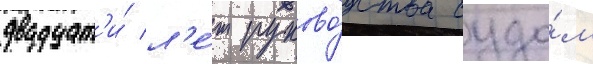
двадцат'и́ л'е́т руково́дства судо́м